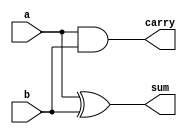
`timescale 1ns / 1ps
//////////////////////////////////////////////////////////////////////////////////
// Company: 
// Engineer: 
// 
// Design Name: 
// Module Name:    wallace 
// Project Name: 
// Target Devices: 
// Tool versions: 
// Description: 
//
// Dependencies: 
//
// Revision: 
// Revision 0.01 - File Created
// Additional Comments: 
//
//////////////////////////////////////////////////////////////////////////////////
module half_adder(sum,carry,a,b);
input a,b;
output sum,carry;
assign sum = a^b;
assign carry = a&b;
endmodule
module full_adder(sum,c_out,x,y,c_in);
input x , y , c_in;
output c_out,sum;
wire w_1,w_2,w_3;
xor(w_1,x,y);
xor(sum,w_1,c_in);
and(w_2,w_1,c_in);
and(w_3,x,y);
or(c_out,w_3,w_2);
endmodule
module wallace(prod , a , b);
input [3:0] a,b;
output [7:0] prod;
reg [3:0] lay1 , lay2 , lay3 , lay4;
integer i;
always @(a or b)
for (i = 0; i<4;i=i+1)
begin
lay1[i] <= a[i] & b[0]; 
lay2[i] <= a[i] & b[1];
lay3[i] <= a[i] & b[2];
lay4[i] <= a[i] & b[3];
end
wire s1,s2,s3,s4,s5,s6,c2,c3,c4,c5;
assign s1 = lay1[0];
half_adder A(s2,c2,lay1[1],lay2[0]);
full_adder B(s3,c3,lay1[2],lay2[1],lay3[0]);
full_adder C(s4,c4,lay1[3],lay2[2],lay3[1]);
half_adder D(s5,c5,lay2[3],lay3[2]);
assign s6 = lay3[3];
wire s7,s8,s9,s10,s11,s12,s13,s14,s15,c7,c8,c9,c10,c11,c12,c13,c14;
half_adder E(s7,c7,s3,c2);
full_adder F(s8,c8,s4,c3,lay4[0]);
full_adder G(s9,c9,s5,c4,lay4[1]);
full_adder H(s10,c10,s6,c5,lay4[2]);
assign s11 = lay4[3];
half_adder I(s12,c11,s8,c7);
full_adder J(s13,c12,s9,c8,c11);
full_adder K(s14,c13,s10,c9,c12);
full_adder L(s15,c14,s11,c10,c13);
assign prod[0] = s1;     
assign prod[1] = s2;
assign prod[2] = s7;
assign prod[3] = s12;
assign prod[4] = s13;
assign prod[5] = s14;
assign prod[6] = s15;
assign prod[7] = c14;
endmodule